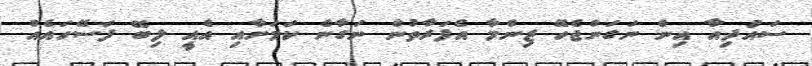
ސައުދިއާ އިން ނަގަންޖެހޭ ޒިންމާ އެފަރާތުން ނަގާނެ ކަމަށާއި އެއީ ލިބޭ ފަސޭހައެއް